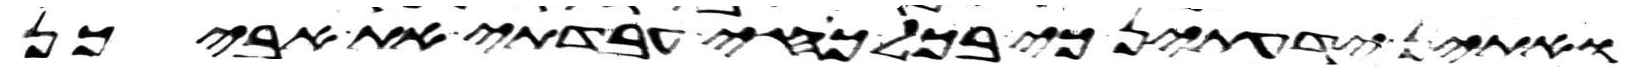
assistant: ואתין ידעתן כי בכל כחי עבדתי את אביכן